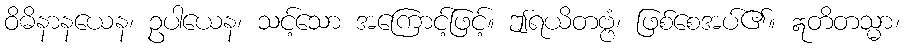
ဝိဓိနာနယေန၊ ဥပါယေန၊ သင့်သော အကြောင့်ဖြင့်။ ဤရယိတဗ္ဗံ၊ ဖြစ်စေအပ်၏။ ဣတိတသ္မာ၊